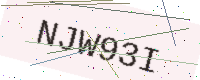
Text: NJW93I